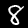
Label: 8